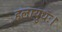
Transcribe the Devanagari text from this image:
हलायुधः।